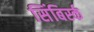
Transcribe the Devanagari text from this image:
सिंबिर्स्क